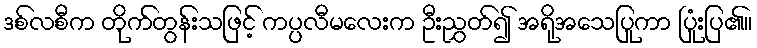
ဒစ်လစီက တိုက်တွန်းသဖြင့် ကပ္ပလီမလေးက ဦးညွှတ်၍ အရိုအသေပြုကာ ပြုံးပြ၏။